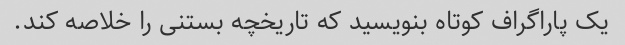
یک پاراگراف کوتاه بنویسید که تاریخچه بستنی را خلاصه کند.